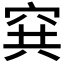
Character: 𥥡